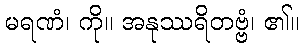
မရဏံ၊ ကို။ အနုဿရိတဗ္ဗံ၊ ၏။